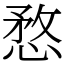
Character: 愗